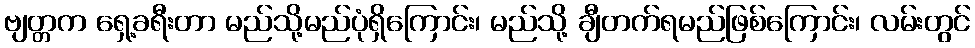
ဗျတ္တက ရှေ့ခရီးတာ မည်သို့မည်ပုံရှိကြောင်း၊ မည်သို့ ချီတက်ရမည်ဖြစ်ကြောင်း၊ လမ်းတွင်